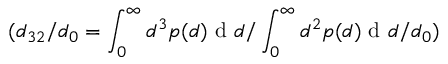
( d _ { 3 2 } / d _ { 0 } = { \int _ { 0 } ^ { \infty } d ^ { 3 } p ( d ) \textrm { d } d / \int _ { 0 } ^ { \infty } d ^ { 2 } p ( d ) \textrm { d } d } / d _ { 0 } )